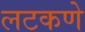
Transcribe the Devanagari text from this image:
लटकणे